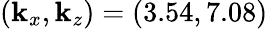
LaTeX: (\mathbf{k}_{x},\mathbf{k}_{z})=(3.54,7.08)